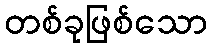
တစ်ခုဖြစ်သော